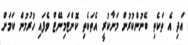
އަދި އެ ތަކެތި ބޭނުންކުރުން މަނާކުރީ އެތަކެތި ކޮންޓަމިނޭޓް ވެފައި ހުރުމުން ކަމަށް